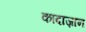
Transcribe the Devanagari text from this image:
कादाज़ान